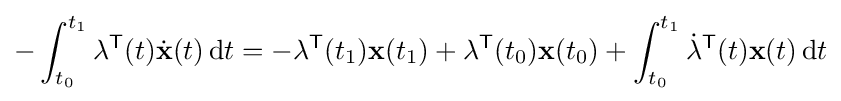
-\int _{t_{0}}^{t_{1}}\mathbf {\lambda } ^{\mathsf {T}}(t){\dot {\mathbf {x} }}(t)\,\mathrm {d} t=-\mathbf {\lambda } ^{\mathsf {T}}(t_{1})\mathbf {x} (t_{1})+\mathbf {\lambda } ^{\mathsf {T}}(t_{0})\mathbf {x} (t_{0})+\int _{t_{0}}^{t_{1}}{\dot {\mathbf {\lambda } }}^{\mathsf {T}}(t)\mathbf {x} (t)\,\mathrm {d} t